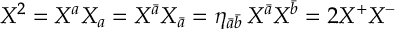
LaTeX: X ^ { 2 } = X ^ { a } X _ { a } = X ^ { \bar { a } } X _ { \bar { a } } = \eta _ { \bar { a } \bar { b } } \, X ^ { \bar { a } } X ^ { \bar { b } } = 2 X ^ { + } X ^ { - }